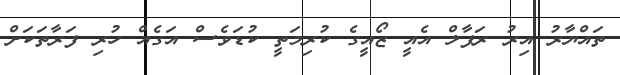
ތައްޔާރު އިރު ރަފާލް އެއީ ޒޯއީގެ ކުރިމަތީ ކުޑަވެސް އަގެއް ހުރި ފަރާތަކަށް